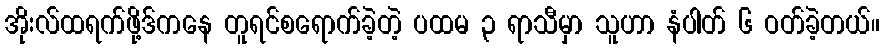
အိုးလ်ထရက်ဖို့ဒ်ကနေ တူရင်စရောက်ခဲ့တဲ့ ပထမ ၃ ရာသီမှာ သူဟာ နံပါတ် ၆ ဝတ်ခဲ့တယ်။